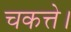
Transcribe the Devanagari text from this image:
चकत्ते।